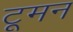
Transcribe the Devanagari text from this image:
टूमन